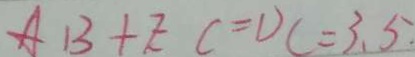
A B + E C = D C = 3 . 5